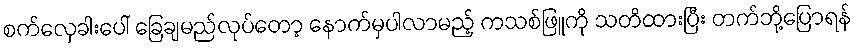
စက်လှေခါးပေါ် ခြေချမည်လုပ်တော့ နောက်မှပါလာမည့် ကသစ်ဖြူကို သတိထားပြီး တက်ဘို့ပြောရန်